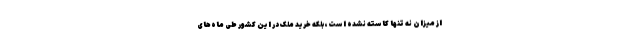
از میزان نه تنها کاسته نشده است، بلکه خرید ملک در این کشور طی ماه‌های